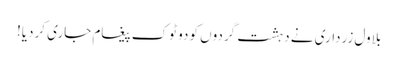
بلاول زرداری نے دہشت گردوں کو دو ٹوک پیغام جاری کردیا!